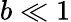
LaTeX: b\ll 1